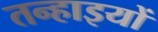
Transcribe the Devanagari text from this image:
तन्हाइयों